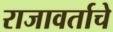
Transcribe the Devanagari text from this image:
राजावर्ताचे